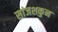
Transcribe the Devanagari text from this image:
सांजशकुन